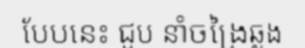
បែបនេះ ជួប នាំចង្រៃឆ្លង